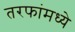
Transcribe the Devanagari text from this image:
तरफांमध्ये